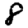
Digit: 8